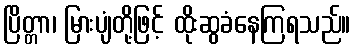
ပြိတ္တာ၊ မြားပျံတို့ဖြင့် ထိုးဆွခံနေကြရသည်။